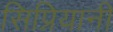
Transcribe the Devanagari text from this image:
सिप्रियानी